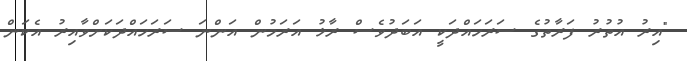
"އިރު އުތުރު ފަރާތުގެ ސަރަހައްދަކީ އަބަދުވެސް ރާޅު އަރަމުން އަންނަ ސަރަހައްދަކަށްވާއިރު އެކަން